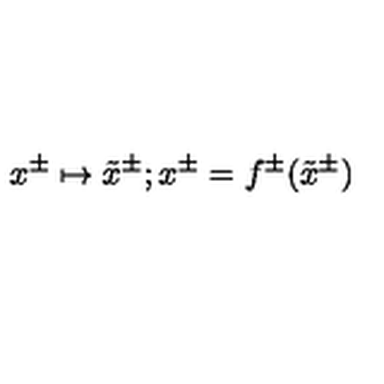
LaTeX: x ^ { \pm } \mapsto \tilde { x } ^ { \pm } ; x ^ { \pm } = f ^ { \pm } ( \tilde { x } ^ { \pm } )